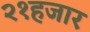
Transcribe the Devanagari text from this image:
२१हजार